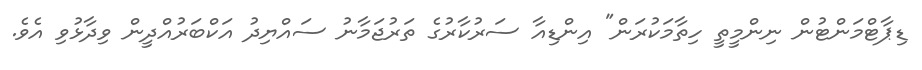
ޑިޕާޓްމަންޓުން ނިންމީތީ ހިތާމަކުރަން" އިންޑިއާ ސަރުކާރުގެ ތަރުޖަމާނު ސައްޔިދު އަކްބަރުއްދީން ވިދާޅުވި އެވެ.